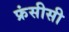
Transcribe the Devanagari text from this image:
फ्रंसीसी